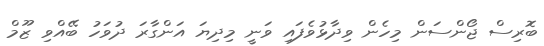
ބޮރިސް ޖޯންސަން މިހެން ވިދާޅުވެފައި ވަނީ މިދިޔަ އަންގާރަ ދުވަހު ބޭއްވި ޒޫމް